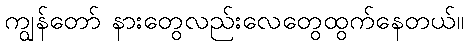
ကျွန်တော် နားတွေလည်းလေတွေထွက်နေတယ်။